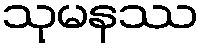
သုမနဿ